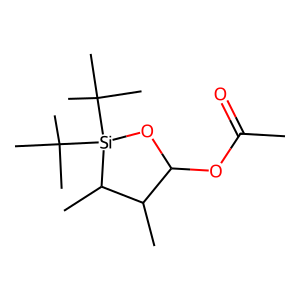
SMILES: CC(=O)OC1O[Si](C(C)(C)C)(C(C)(C)C)C(C)C1C
Inhibits HIV replication: No